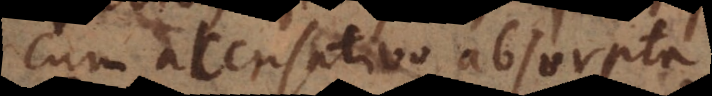
cum accusativo absorpta